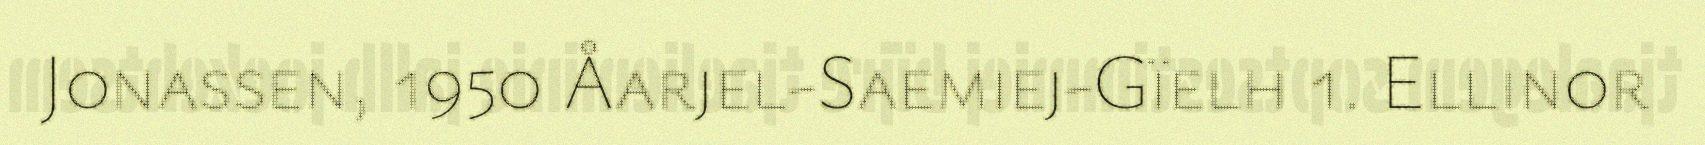
Jonassen, 1950 Åarjel-Saemiej-Gïelh 1. Ellinor